Report on vaccination in Madras 1904-1921 - 1904-1921
Year: 1904
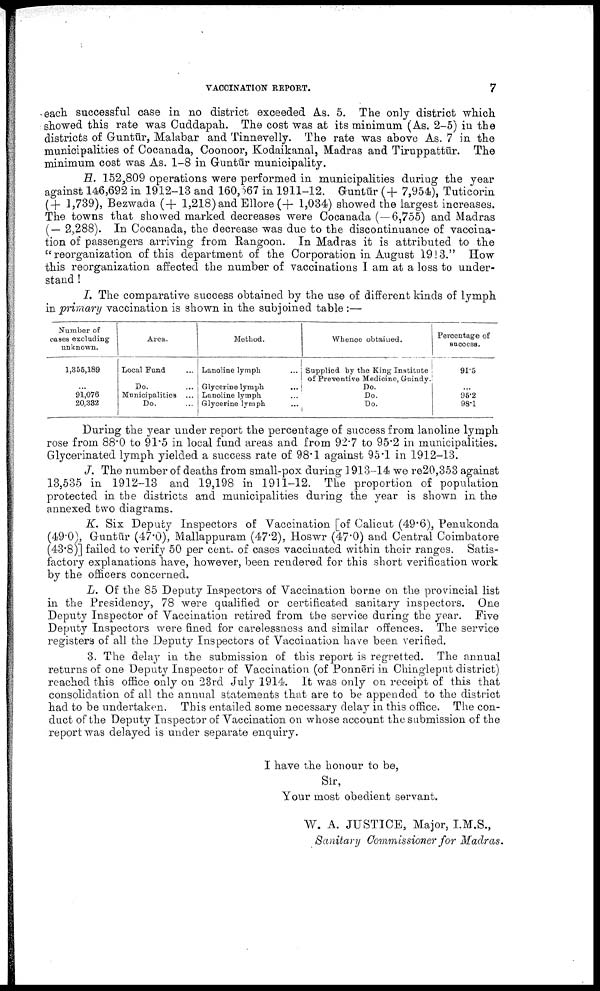
VACCINATION REPORT.
7
each successful case in no district exceeded As. 5. The only district which
showed this rate was Cuddapah. The cost was at its minimum (As. 2-5) in the
districts of Guntūr, Malabar and Tinnevelly. The rate was above As. 7 in the
municipalities of Cocanada, Coonoor, Kodaikanal, Madras and Tiruppattūr. The
minimum cost was As. 1-8 in Guntūr municipality.
H. 152,809 operations were performed in municipalities during the year
against 146,692 in 1912-13 and 160,567 in 1911-12. Guntūr (+ 7,954), Tuticorin
(+ 1,739), Bezwada (+ 1,218) and Ellore (+ 1,034) showed the largest increases.
The towns that showed marked decreases were Cocanada (—6,755) and Madras
( — 2,288). In Cocanada, the decrease was due to the discontinuance of vaccina
tion of passengers arriving from Rangoon. In Madras it is attributed to the
''reorganization of this department of the Corporation in August 1913." How
this reorganization affected the number of vaccinations I am at a loss to under
stand !
I. The comparative success obtained by the use of different kinds of lymph
in primary vaccination is shown in the subjoined table :—
Number of
cases excluding
unknown.
1,355,189
...
91,076
20,382
Area.
Local Fund ...
Do. ...
Municipalities ...
Do. ...
Method.
Lanoline lymph
Glycerine lymph ...
Lanoline lymph ...
Glycerine lymph ...
Whence obtained.
Supplied by the King Institute
of Preventive Medicine, Guindy.
Do.
Do.
Do.
Percentage of
success.
91.5
...
96.2
98.1
During the year under report the percentage of success from lanoline lymph
rose from 88.0 to 91.5 in local fund areas and from 92.7 to 95.2 in municipalities.
Glycerinated lymph yielded a success rate of 98.1 against 95.1 in 1912-13.
J. The number of deaths from small-pox during 1913-14 we re20,353 against
13,535 in 1912-13 and 19,198 in 1911-12. The proportion of population
protected in the districts and municipalities during the year is shown in the
annexed two diagrams.
K. Six Deputy Inspectors of Vaccination [of Calicut (49.6), Penukonda
(49.0), Guntūr (47.0), Mallappuram (47.2), Hoswr (47.0) and Central Coimbatore
(43.8)] failed to verify 50 per cent. of cases vaccinated within their ranges. Satis
factory explanations have, however, been rendered for this short verification work
by the officers concerned.
L. Of the 85 Deputy Inspectors of Vaccination borne on the provincial list
in the Presidency, 78 were qualified or certificated sanitary inspectors. One
Deputy Inspector of Vaccination retired from the service during the year. Five
Deputy Inspectors were fined for carelessness and similar offences. The service
registers of all the Deputy Inspectors of Vaccination have been verified.
3. The delay in the submission of this report is regretted. The annual
returns of one Deputy Inspector of Vaccination (of Ponnēri in Chingleput district)
reached this office only on 23rd July 1914. It was only on receipt of this that
consolidation of all the annual statements that are to be appended to the district
had to be undertaken. This entailed some necessary delay in this office. The con
duct of the Deputy Inspector of Vaccination on whose account the submission of the
report was delayed is under separate enquiry.
I have the honour to be,
Sir,
Your most obedient servant.
W. A. JUSTICE, Major, I.M.S.,
Sanitary Commissioner for Madras.